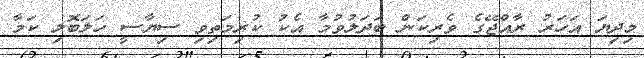
މިދިޔަ އަހަރު ރާއްޖޭގެ ވެރިކަން ބަދަލުވުމާ އެކު ކުރިމަތިވި ސިޔާސީ ހަލަބޮލި ކަމާ